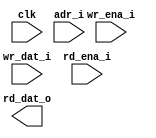
module ram_sp_be_64x23 (
  // global
  clk         ,
  // address
  adr_i       ,
  // write
  wr_ena_i    ,
  wr_dat_i    ,
  // read
  rd_ena_i    ,
  rd_dat_o
);

//*** PARAMETER ****************************************************************


//*** INPUT/OUTPUT *************************************************************

  // global
  input               clk         ;
  // address
  input  [6 -1 :0]    adr_i       ;
  // write
  input  [1 -1 :0]    wr_ena_i    ;
  input  [23-1 :0]    wr_dat_i    ;
  // read
  input               rd_ena_i    ;
  output [23-1 :0]    rd_dat_o    ;


//*** WIRE/REG *****************************************************************


//*** MAIN BODY ****************************************************************

`ifdef RTL_MODEL

  sram_sp_be_behave #(
    .ADR_WD    ( 6           ),
    .DAT_WD    ( 23          ),
    .COL_WD    ( 23          )
  ) sram_sp_be_behave(
    .clk       ( clk         ),
    .adr       ( adr_i       ),
    .wr_ena    ( wr_ena_i    ),
    .wr_dat    ( wr_dat_i    ),
    .rd_ena    ( rd_ena_i    ),
    .rd_dat    ( rd_dat_o    )
    );

`endif

`ifdef XM_MODEL 
    rfsphd_64x23 u_rfsphd_64x23(
        .Q      ( rd_dat_o  ), // data_o
        .CLK    ( clk       ), 
        .CEN    ( 1'b0      ), 
        .WEN    ( wr_ena_i  ), 
        .A      ( adr_i     ), // addr
        .D      ( wr_dat_i  ), // data_i
        .EMA    ( 3'b1 ), 
        .EMAW   ( 2'b0 ),
        .RET1N  ( 1'b1 )
        );   
`endif 



endmodule